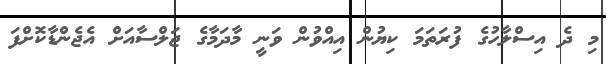
މި ދެ އިސްލާހުގެ ފުރަތަމަ ކިޔުން އިއްވުން ވަނީ މާދަމާގެ ޖަލްސާއަށް އެޖެންޑާކޮށްފަ